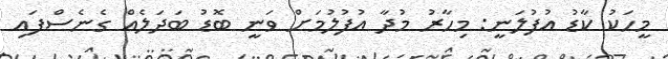
މީހަކު ކާޑު އުފުލަނީ: މިހާރު މުދާ އުފުލުމަށް ވަނީ ބޮޑު ބަދަލެއް ގެނެސްފައި